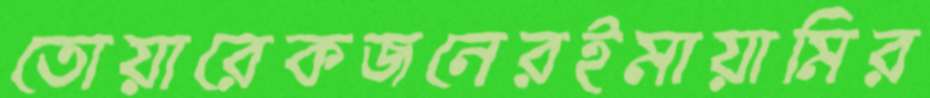
তোয়ারেকজনেরইমায়ামির